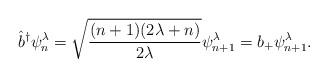
LaTeX: \begin{align*}\hat b^{\dagger} \psi_{n}^{\lambda} =\sqrt{\frac{(n+1)(2\lambda+n)}{2\lambda}}\psi_{n+1}^{\lambda} =b_{+}\psi_{n+1}^{\lambda} .\end{align*}